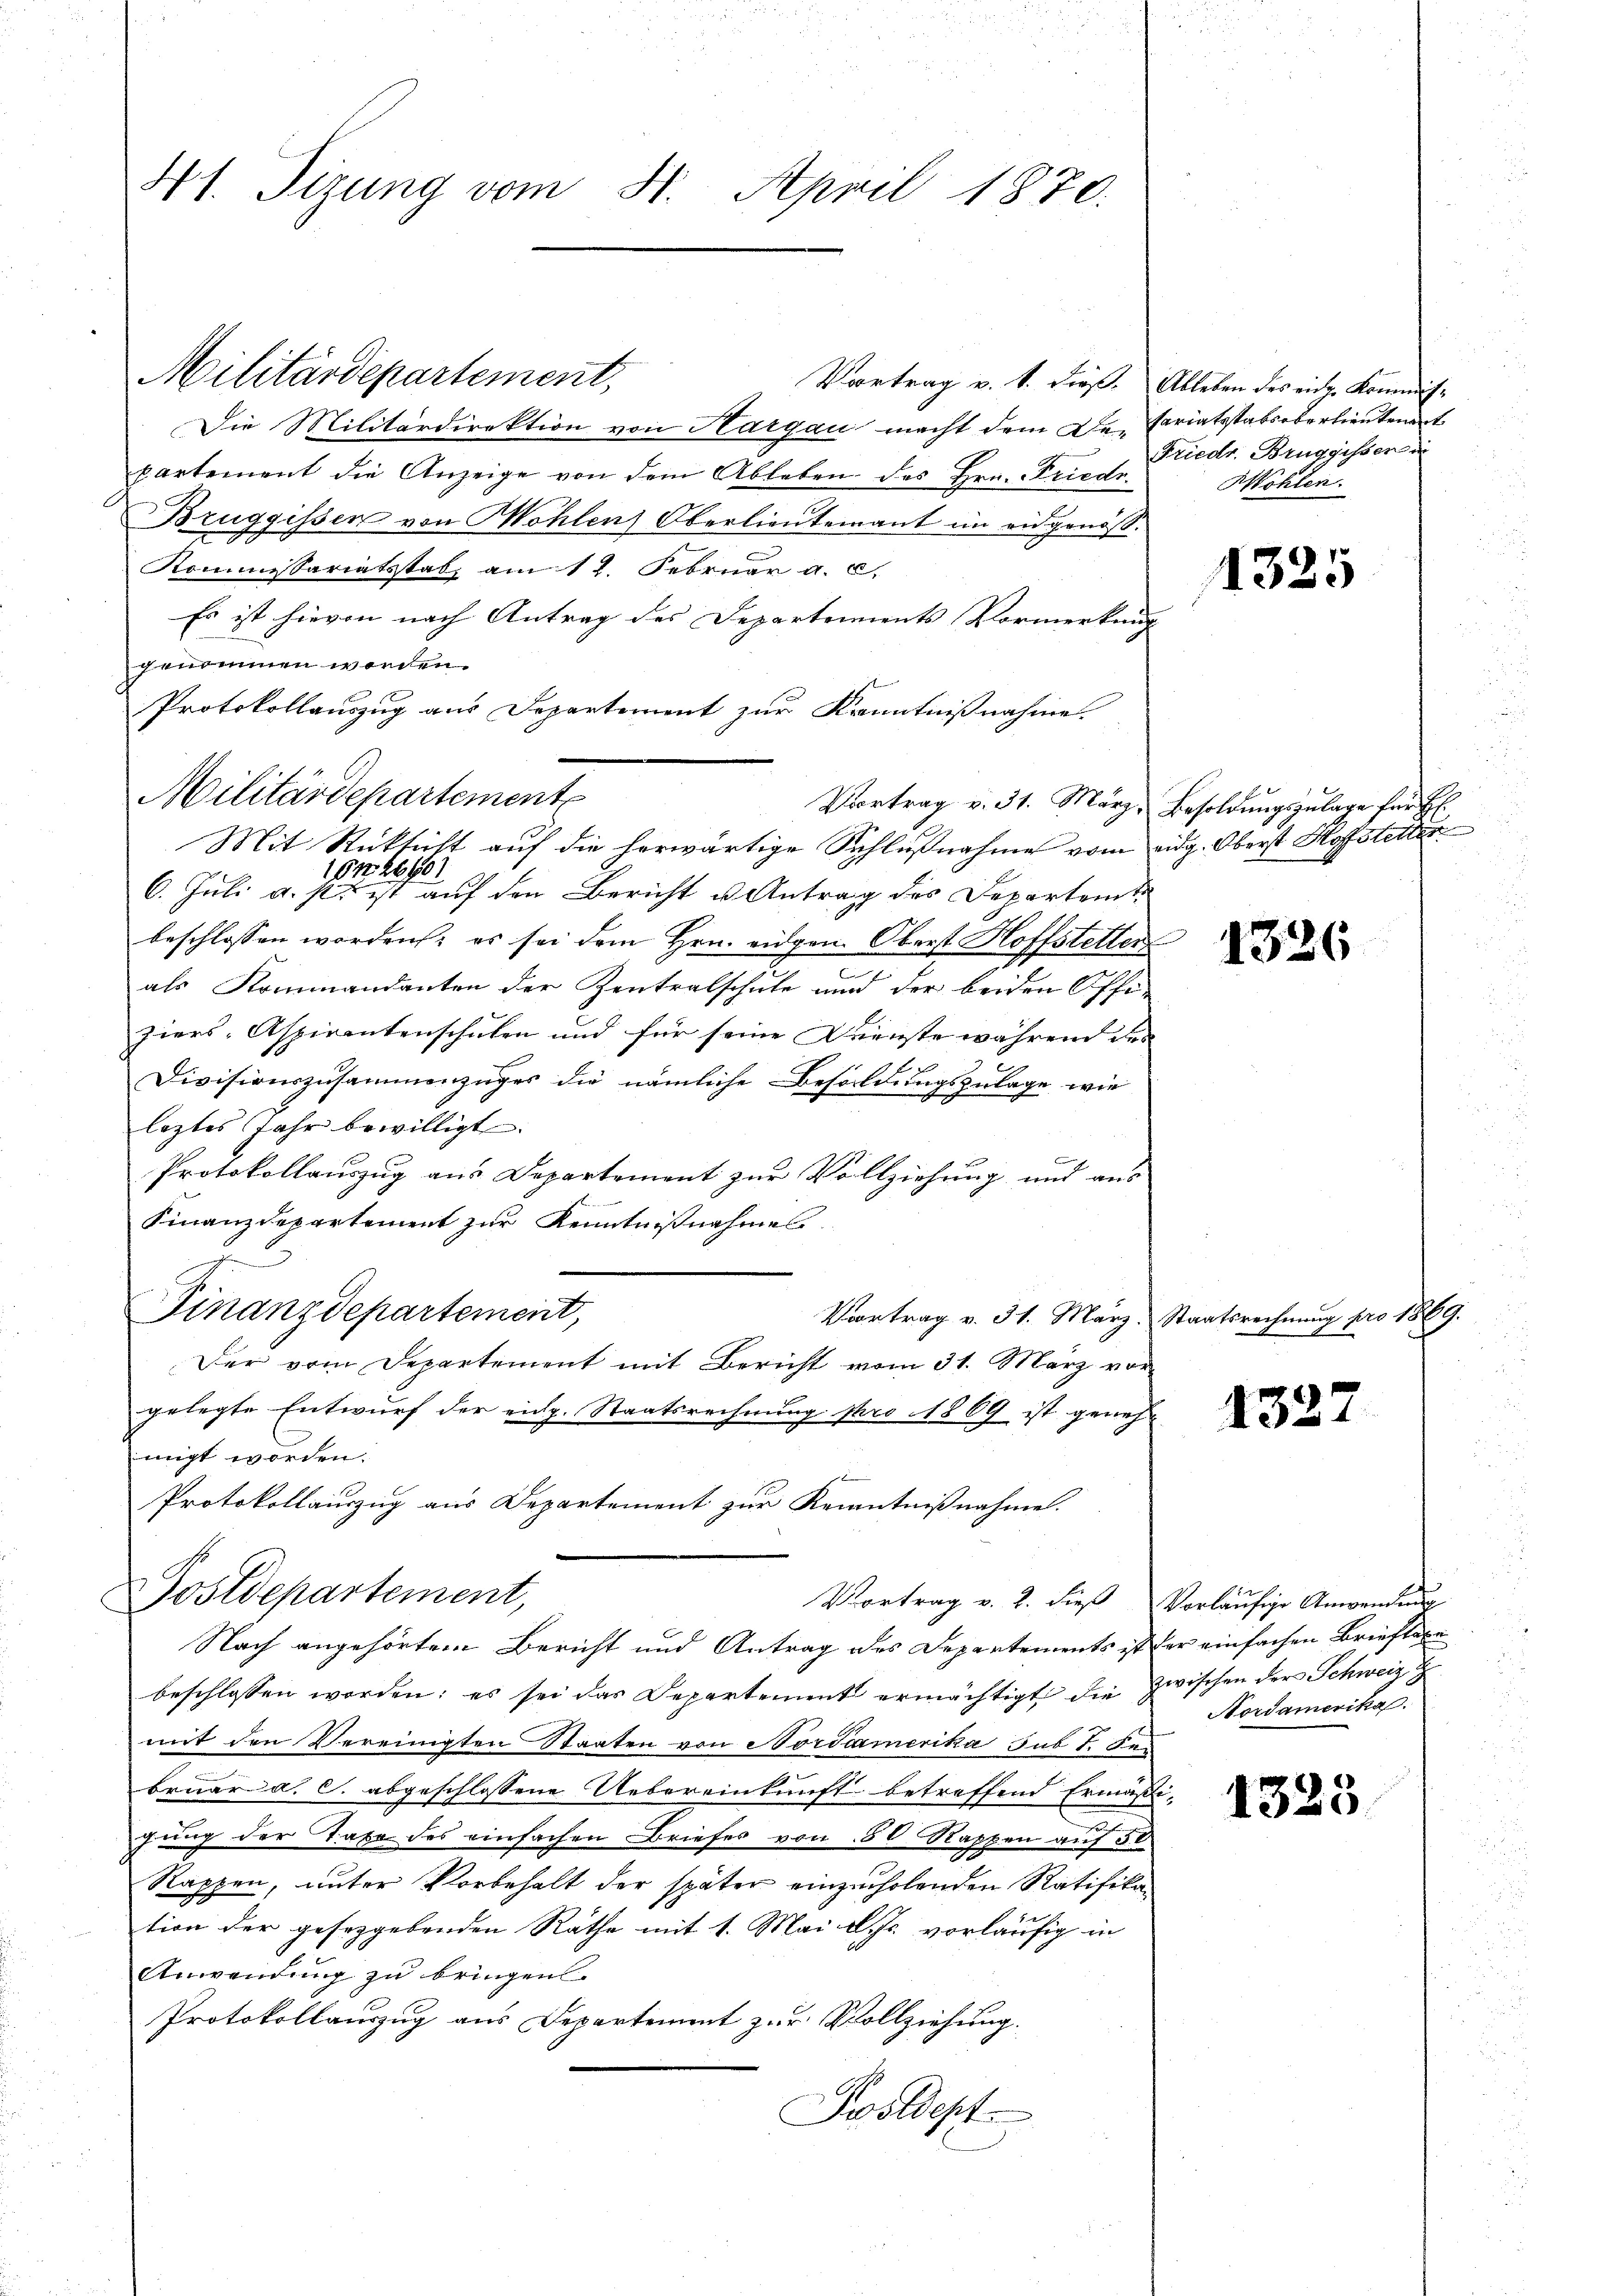
41. Tizung vom 31. April 1870.

Militärdepartement,

Militärdepartement

Vortrag v. 4. dieß. Ableben des eidg. Kommis¬
Die Militärdirektion von Kargau macht dem De- Cariatsstabsoberlieutenant
partement die Anzeige von dem Ableben des Hrn. Friedr.
Bruggissen von Wohlen Oberlieutenant im eidgenöß¬
Kommesariatsstab am 12. Februar a. c.
Es ist hievon nach Antrag des Departements Vormerkung
genommen worden.
Protokollauszug aus Departement zur Kenntnißnahme
Mit Rücksicht auf die herwärtige Schlußnahme vom eidg. Oberst Hofstetter
16 n 26/01
6. Juli a. s. ist auf den Bericht u. Antrag des Departent
beschlossen worden; es sei dem Hrn. eidgen. Oberst Hoffstellen
.
als Kommandanten der Zentralschule und der beiden Offi-
ziers-Aspirantenschulen und für seine Dienste während der
Divisionszusammenzuges die nämliche Besoldungszulage wie
leztes Jahr bewilligt.
e
Protokollauszug aus Departement zur Vollziehung und aus
Finanzdepartement zur Kenntnißnahmes
Finanzdepartement,
Vortrag v. 31. März. Staatsrechnung pro 1869.
Der vom Departement mit Bericht vom 31. März vor
gelegte Entwurf der eich. Staatsrechnung pro 1809 ist geneh-
migt worden.
Protokollauszug aus Departement zur Kenntnißnahme.
Postdepartement,
Vortrag v. 2. dieß vorläufige Anwendung
Nach angehörtem Bericht und Antrag des Departements ist der einfachen Brieflexe
beschlossen worden; es sei das Departement ermächtigt die zwischen der Schweiz
mit den Vereinigten Staaten von Nordamerika sub 7. Sen
bruar a. c. abgeschlossene Uebereinkunft betreffend Ermäßi-
gung der Taxe des einfachen Briefes von 80 Rappen auf 30
Rappen, unter Vorbehalt der später einzuholenden Ratifikan
tion der gesetzgebenden Rathe mit 1. Mai d. Js. vorläufig in
Anwendung zu bringen.
Protokollauszug aus Departement zur Vollziehung.
Postdept

Friedr. Bruggissen in
Wöhlen.

1325

Vortrag v. 31. März, Besoldungszulage für Hr.

1326

1322

Nordamerika

1323